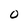
Character: O